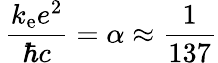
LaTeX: \, {\frac{k_{\mathrm{e}}e^{2}}{\hbar c}}=\alpha\approx{\frac{1}{137}}